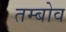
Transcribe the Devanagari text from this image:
तम्बोव